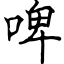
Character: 啤